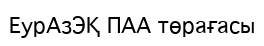
ЕурАзЭҚ ПАА төрағасы